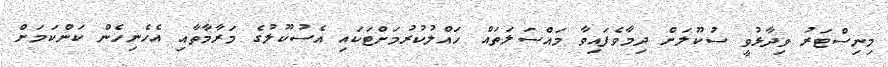
މިނިސްޓަރު ވިދާޅުވީ ސުކޫލަށް ދިމާވެފައިވާ މައްސަލަތައް ހައްލުކުރުމަށްޓަކައި އެސުކޫލުގެ މަރާމާތާއި އެހެނިހެން ކަންކަމަށް